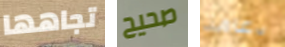
تجاهها صحيح دعامة